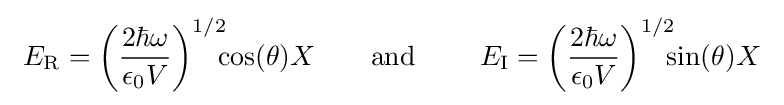
~E_{\rm {R}}=\left({\frac {2\hbar \omega }{\epsilon _{0}V}}\right)^{1/2}\!\!\!\cos(\theta )X\qquad {\text{and}}\qquad ~E_{\rm {I}}=\left({\frac {2\hbar \omega }{\epsilon _{0}V}}\right)^{1/2}\!\!\!\sin(\theta )X~